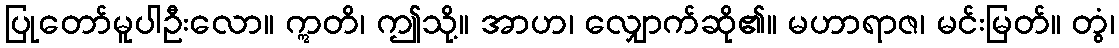
ပြုတော်မူပါဦးလော။ ဣတိ၊ ဤသို့။ အာဟ၊ လျှောက်ဆို၏။ မဟာရာဇ၊ မင်းမြတ်။ တွံ၊